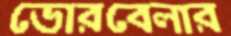
ভোরবেলার